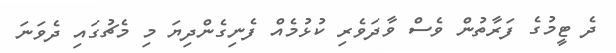
ދެ ޓީމުގެ ފަރާތުން ވެސް ވާދަވެރި ކުޅުމެއް ފެނިގެންދިޔަ މި މެޗުގައި ދެވަނަ